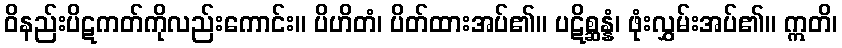
ဝိနည်းပိဋကတ်ကိုလည်းကောင်း။ ပိဟိတံ၊ ပိတ်ထားအပ်၏။ ပဋိစ္ဆန္နံ၊ ဖုံးလွှမ်းအပ်၏။ ဣတိ၊